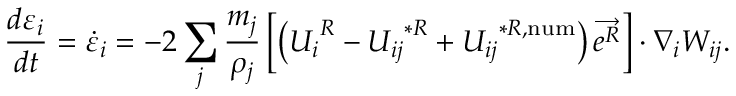
\frac { d \varepsilon _ { i } } { d t } = \dot { \varepsilon } _ { i } = - 2 \sum _ { j } \frac { m _ { j } } { \rho _ { j } } \left[ \left( { U _ { i } } ^ { R } - { U _ { i j } } ^ { * R } + { U _ { i j } } ^ { * R , \mathrm { n u m } } \right) \overrightarrow { e ^ { R } } \right] \cdot \nabla _ { i } W _ { i j } .